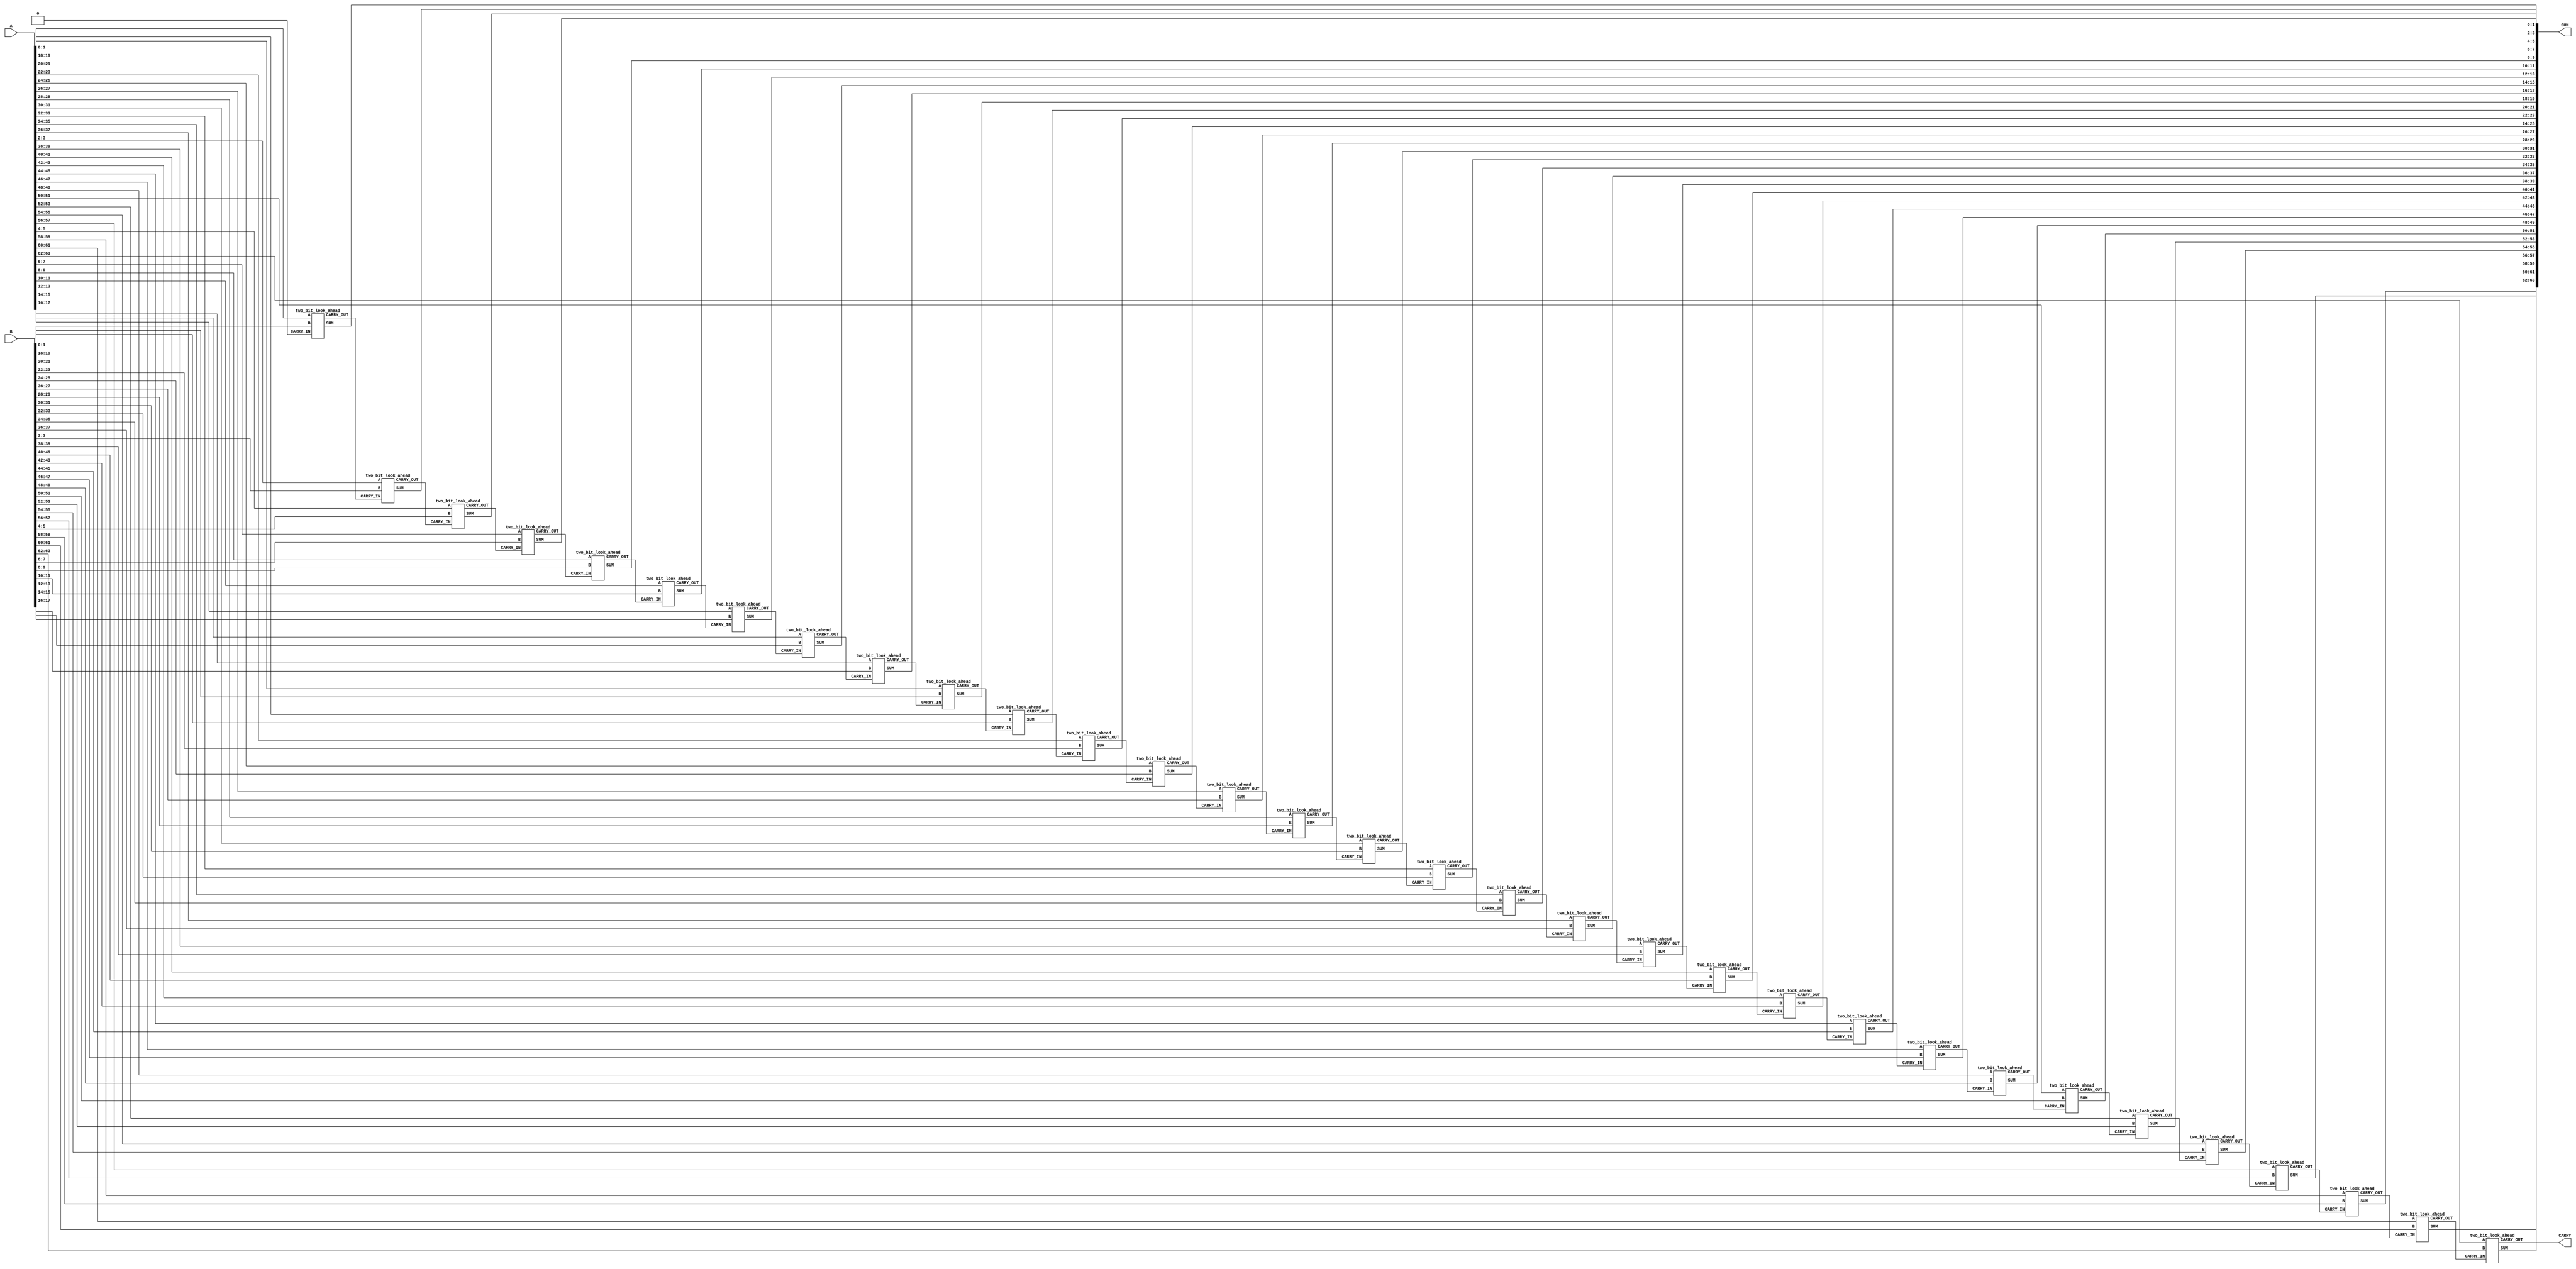
// This program was cloned from: https://github.com/nxbyte/Verilog-Projects
// License: MIT License

`timescale 1ns / 1ps

/*
    Group Members: Nikita Eisenhauer and Warren Seto
    Lab Name: Adder Design
    Design Description: Verilog Module to implement a 64-bit look ahead adder
*/

module look_ahead_adder_64
(
  input [63:0] A,
  input [63:0] B,
  output [63:0] SUM,
  output CARRY
);

  // Create wires to connect each full_adder module to another to create a ripple
  wire CARRY0, CARRY1, CARRY2, CARRY3, CARRY4, CARRY5, CARRY6, CARRY7, CARRY8, CARRY9, CARRY10;
  wire CARRY11, CARRY12, CARRY13, CARRY14, CARRY15, CARRY16, CARRY17, CARRY18, CARRY19, CARRY20;
  wire CARRY21, CARRY22, CARRY23, CARRY24, CARRY25, CARRY26, CARRY27, CARRY28, CARRY29, CARRY30, CARRY31;

  // The first carry is zero
  assign CARRY0 = 1'b0;

  two_bit_look_ahead op1 (A[1:0], B[1:0], CARRY0, SUM[1:0], CARRY1);
  two_bit_look_ahead op2 (A[3:2], B[3:2], CARRY1, SUM[3:2], CARRY2);
  two_bit_look_ahead op3 (A[5:4], B[5:4], CARRY2, SUM[5:4], CARRY3);
  two_bit_look_ahead op4 (A[7:6], B[7:6], CARRY3, SUM[7:6], CARRY4);
  two_bit_look_ahead op5 (A[9:8], B[9:8], CARRY4, SUM[9:8], CARRY5);
  two_bit_look_ahead op6 (A[11:10], B[11:10], CARRY5, SUM[11:10], CARRY6);
  two_bit_look_ahead op7 (A[13:12], B[13:12], CARRY6, SUM[13:12], CARRY7);
  two_bit_look_ahead op8 (A[15:14], B[15:14], CARRY7, SUM[15:14], CARRY8);
  two_bit_look_ahead op9 (A[17:16], B[17:16], CARRY8, SUM[17:16], CARRY9);
  two_bit_look_ahead op10 (A[19:18], B[19:18], CARRY9, SUM[19:18], CARRY10);
  two_bit_look_ahead op11 (A[21:20], B[21:20], CARRY10, SUM[21:20], CARRY11);
  two_bit_look_ahead op12 (A[23:22], B[23:22], CARRY11, SUM[23:22], CARRY12);
  two_bit_look_ahead op13 (A[25:24], B[25:24], CARRY12, SUM[25:24], CARRY13);
  two_bit_look_ahead op14 (A[27:26], B[27:26], CARRY13, SUM[27:26], CARRY14);
  two_bit_look_ahead op15 (A[29:28], B[29:28], CARRY14, SUM[29:28], CARRY15);
  two_bit_look_ahead op16 (A[31:30], B[31:30], CARRY15, SUM[31:30], CARRY16);
  two_bit_look_ahead op17 (A[33:32], B[33:32], CARRY16, SUM[33:32], CARRY17);
  two_bit_look_ahead op18 (A[35:34], B[35:34], CARRY17, SUM[35:34], CARRY18);
  two_bit_look_ahead op19 (A[37:36], B[37:36], CARRY18, SUM[37:36], CARRY19);
  two_bit_look_ahead op20 (A[39:38], B[39:38], CARRY19, SUM[39:38], CARRY20);
  two_bit_look_ahead op21 (A[41:40], B[41:40], CARRY20, SUM[41:40], CARRY21);
  two_bit_look_ahead op22 (A[43:42], B[43:42], CARRY21, SUM[43:42], CARRY22);
  two_bit_look_ahead op23 (A[45:44], B[45:44], CARRY22, SUM[45:44], CARRY23);
  two_bit_look_ahead op24 (A[47:46], B[47:46], CARRY23, SUM[47:46], CARRY24);
  two_bit_look_ahead op25 (A[49:48], B[49:48], CARRY24, SUM[49:48], CARRY25);
  two_bit_look_ahead op26 (A[51:50], B[51:50], CARRY25, SUM[51:50], CARRY26);
  two_bit_look_ahead op27 (A[53:52], B[53:52], CARRY26, SUM[53:52], CARRY27);
  two_bit_look_ahead op28 (A[55:54], B[55:54], CARRY27, SUM[55:54], CARRY28);
  two_bit_look_ahead op29 (A[57:56], B[57:56], CARRY28, SUM[57:56], CARRY29);
  two_bit_look_ahead op30 (A[59:58], B[59:58], CARRY29, SUM[59:58], CARRY30);
  two_bit_look_ahead op31 (A[61:60], B[61:60], CARRY30, SUM[61:60], CARRY31);
  two_bit_look_ahead op32 (A[63:62], B[63:62], CARRY31, SUM[63:62], CARRY);
endmodule

/*
    Group Members: Nikita Eisenhauer and Warren Seto
    Lab Name: Adder Design
    Design Description: Verilog Module for the 2-bit look ahead component for the 64-bit look ahead adder
*/

module two_bit_look_ahead
(
  input [1:0] A,
  input [1:0] B,
  input CARRY_IN,
  output [1:0] SUM,
  output CARRY_OUT
);

  // Defining wires for gate connections
  wire tmpsum;
  wire tmp1;
  wire tmp2;
  wire tmp3;
  wire tmp4;
  wire tmp5;
  wire tmp6;
  wire tmp7;

  // Using several XOR and AND gates to compute the bit by bit SUM output
  xor A1 (tmpsum, A[0], B[0]);
  xor A2 (SUM[0], tmpsum, CARRY_IN);
  and A3 (tmp1, tmpsum, CARRY_IN);
  and A4 (tmp2, A[0], B[0]);
  xor A5 (tmp3, A[1], B[1]);
  xor A6 (tmp4, tmp2, tmp1);
  xor A7 (SUM[1], tmp3, tmp4);

  // Using AND and OR gates to compue the CARRY_OUT output
  and B1 (tmp5, A[1], B[1]);
  or B2 (tmp6, tmp2, tmp1);
  and B3 (tmp7, tmp3, tmp6);
  or B4 (CARRY_OUT, tmp5, tmp7);
endmodule